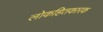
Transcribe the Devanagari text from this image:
लोकहितकारक